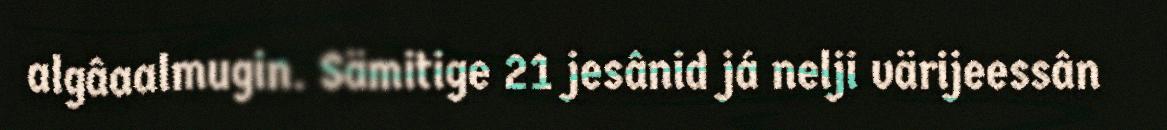
algâaalmugin. Sämitige 21 jesânid já nelji värijeessân